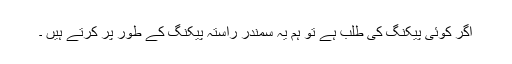
اگر کوئی پیکنگ کی طلب ہے تو ہم یہ سمندر راستہ پیکنگ کے طور پر کرتے ہیں ۔